system: You are a helpful assistant.
user:
Analyze the provided spectrum to determine if it is a **"Cataclysmic Variables (CV)"**.

- **Key Indicators for CV (Check for either state):**
    - **State 1: Quiescent / Low-State (Emission-Dominated)**
        - **(Primary):** Strong and *very broad* Hydrogen Balmer emission lines (e.g., $H\alpha$ at 6563 Å, $H\beta$ at 4861 Å). The 'broadness' (high velocity dispersion, often FWHM > 1000 km/s) is the key diagnostic, indicating a high-velocity accretion disk.
        - **(Secondary):** Broad neutral Helium (He I) emission lines (e.g., 5876 Å, 6678 Å).
        - **(Key Confirmation):** Presence of high-excitation *ionized* Helium (He II) emission at 4686 Å. This is a strong indicator of accretion onto a white dwarf.
        - **(Line Profile):** Emission lines may exhibit a 'double-peaked' profile, which is a classic signature of a rotating accretion disk viewed at high inclination.

    - **State 2: Outburst / High-State (Absorption-Dominated)**
        - **(Primary):** Spectrum is dominated by a bright, blue continuum (looks like a hot star).
        - **(Secondary):** The emission lines from State 1 are weak, absent, or 'filled in', and are replaced by broad, shallow *absorption* lines (primarily Balmer and He I).
        - **(Morphology):** The overall spectrum mimics a hot B/A-type star. The crucial difference is that the absorption lines are significantly broader, shallower, and more 'washed-out' (or 'smeared') than the sharp lines of a normal stellar photosphere, due to high rotational speeds and pressure broadening in the disk.

Think first, call **spectral_visualization_tool** if needed to examine features in detail, then provide your final answer. Your response must adhere to the following strict rules:
1.  **Overall Structure:** Your response must follow the format `<think>...</think> <tool_call>...</tool_call> (if a tool is used) <answer>...</answer>`.
2.  **Tool Usage Constraint:** You may only make **one** tool call per turn.
3.  **Final Answer Format:** In the `<answer>` tag, your conclusion must be inside a `\boxed{}` command (e.g., `\boxed{YES}`), followed by your justification.

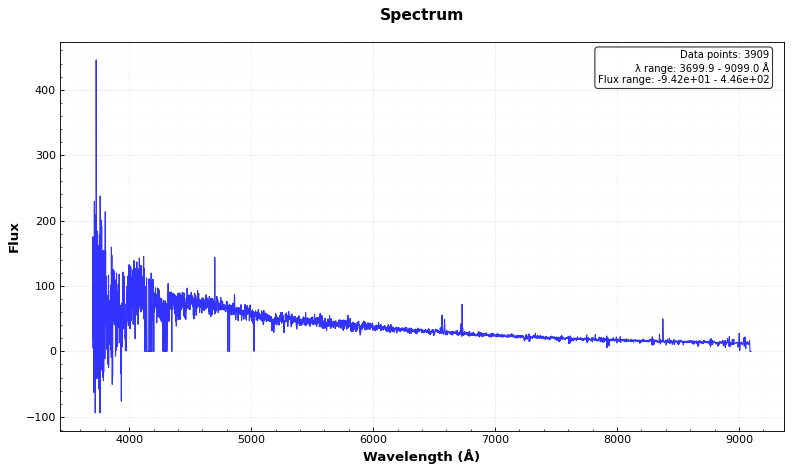
Answer: NO